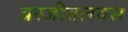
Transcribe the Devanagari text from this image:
बरजीतलयस